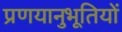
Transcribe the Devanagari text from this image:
प्रणयानुभूतियों